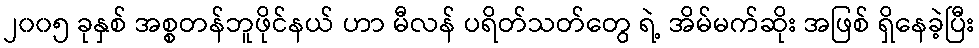
၂၀၀၅ ခုနှစ် အစ္စတန်ဘူဖိုင်နယ် ဟာ မီလန် ပရိတ်သတ်တွေ ရဲ့ အိမ်မက်ဆိုး အဖြစ် ရှိနေခဲ့ပြီး